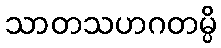
သာတသဟဂတမ္ပိ